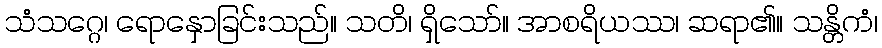
သံသဂ္ဂေ၊ ရောနှောခြင်းသည်။ သတိ၊ ရှိသော်။ အာစရိယဿ၊ ဆရာ၏။ သန္တိကံ၊